Relation of titanus [i.e. tetanus] to the hypodermic or intramuscular injection of quinine - Number 43
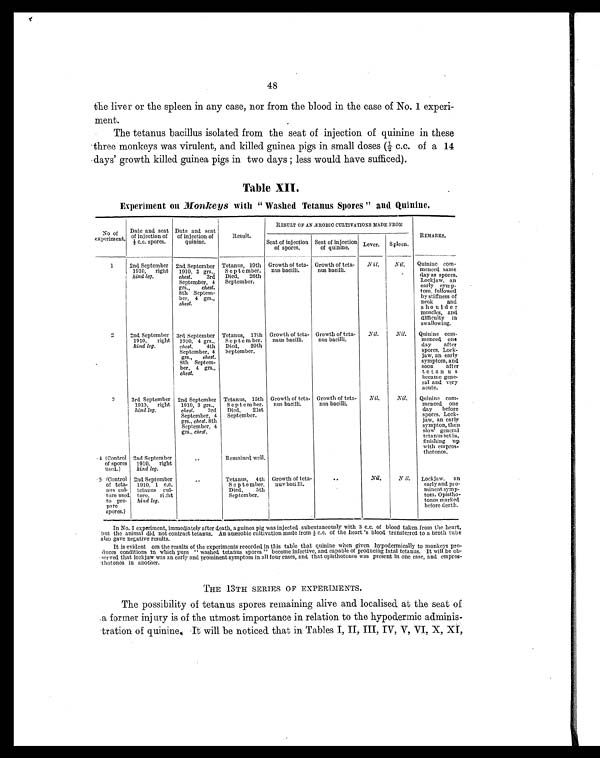
48
the liver or the spleen in any case, nor from the blood in the case of No. 1 experi-
ment.
The tetanus bacillus isolated from the seat of injection of quinine in these
three monkeys was virulent, and killed guinea pigs in small doses (½ c.c. of a 14
days' growth killed guinea pigs in two days ; less would have sufficed).
Table XII.
Experiment on Monkeys with "Washed Tetanus Spores " and Quinine.
No of
experiment.
Date and seat
of injection of
½ c.c. spores.
Date and seat
of injection of
quinine.
Result.
RESULT OF AN ÆROBIC CULTIVATIONS MADE FROM
R E M A R K S .
Seat of injection
of spores.
Seat of injection
of quinine. Lever. Spleen.
1
2nd September
1910, right
hind leg.
2nd September
1910, 3 grs.,
chest. 3rd
September, 4
grs., chest.
8th Septem-
ber, 4 grs.,
chest.
Tetanus, 19th
September.
Died, 26th
September.
Growth of teta-
nus bacilli.
Growth of teta-
nus bacilli.
Nil.
Nil. Quinine com-
menced same
day as spores.
Lockjaw, an
early symp-
tom, followed
by stiffness of
neck and
shoulder
muscles, and
difficulty in
swallowing.
2
2nd September
1910, right
hind leg.
3rd September
1910, 4 grs.,
chest. 4th
September, 4
grs., chest.
8th Septem-
ber, 4 grs.,
chest.
Tetanus, 17th
September.
Died, 20th
September.
Growth of teta-
naus bacilli.
Growth of teta-
nus bacilli.
Nil.
Nil. Quinine com-
menced, one
day after
spores. Lock-
jaw, an early
symptom, and
soon after
tetanus
became gene-
ral and very
acute.
3
3rd September
1910, right
hind leg.
2nd September
1910, 3 grs.,
chest. 3rd
September, 4
grs., chest. 8th
September, 4
grs., chest.
Tetanus, 15th
September.
Died, 21st
September.
Growth of teta-
nus bacilli.
Growth of teta-
nus bacilli.
Nil.
Nil. Quinine com-
menced one
day before
spores. Lock-
jaw, an early
sympton, then
slow' general
tetanus set in,
finishing up
with empros-
thotonos.
4 (Control
of spores
used.)
2nd September
1910, right
hind leg.
..
Remained well.
5 (Control
of teta-
nus cul-
ture used
to pre-
pare
spores.)
2nd September
1910, 1 c.c.
tetanus cul-
ture, right
hind leg.
..
Tetanus, 4th
September,
Died, 5th
September.
Growth of teta-
nus' bacilli,
..
Nil.
Nil. Lockjaw, an
early and pro-
minent symp-
tom. Opistho-
tonos marked
before death.
I n N o . 1 e x p e r i m e n t , i m m e d i a t e l y a f t e r d e a t h , a g u i n e a p i g w a s i n j e c t e d s u b c u t a n e o u s l y w i t h 3 c . c . o f b l o o d t a k e n f r o m t h e h e a r t ,
but the animal did, not contract tetanus. An anærobic cultivation made from ½ c. c. of the heart ' s blood transferred to a broth tube
also gave negative results.
It is evident om the results of the experiments recorded in this table that quinine when given hypodermically to monkeys pro-
duces conditions in which pure "washed tetanus spores" become infective, and capable of producing fatal tetanus. It will be ob-
served that lockjaw was an early and prominent symptom in all four cases, and that opisthotonos was present in one case, and empros-
thotonos in another.
THE 13TH SERIES OF EXPERIMENTS.
The possibility of tetanus spores remaining alive and localised at the seat of
a former injury is of the utmost importance in relation to the hypodermic adminis-
tration of quinine. It will be noticed that in Tables I, II, III, IV, V, VI. X, XI,